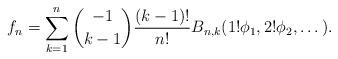
LaTeX: \begin{align*} f_n = \sum_{k=1}^{n} \binom{-1}{k-1}\frac{(k-1)!}{n!}B_{n,k}(1!\phi_1,2!\phi_2,\dots).\end{align*}